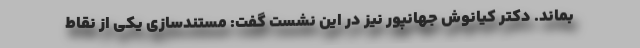
بماند. دکتر کیانوش جهانپور نیز در این نشست گفت: مستندسازی یکی از نقاط